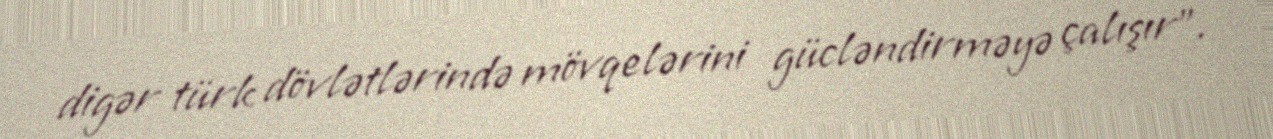
digər türk dövlətlərində mövqelərini gücləndirməyə çalışır”.